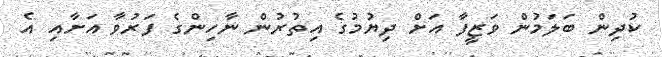
ކުދިން ބަލަމުން ވަޒީފާ އަށް ދިޔުމުގެ އިތުރުން ނާހިންގެ ފަރުވާ އަށާއި އެ